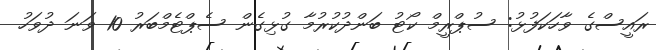
ރައީސްގެ ވާހަކަފުޅު: ސުޕްރީމް ކޯޓު ބަންދުކުރުމާ ގުޅިގެން ސެޕްޓެމްބަރު 10 ވަނަ ދުވަހު